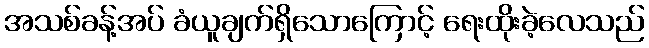
အသစ်ခန့်အပ် ခံယူချက်ရှိသောကြောင့် ရေးထိုးခဲ့လေသည်